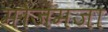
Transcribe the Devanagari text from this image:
मौजमजा